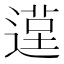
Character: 𨕸